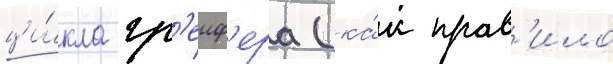
ци́кла гр'еиф'ера (ка́к прав'ило